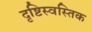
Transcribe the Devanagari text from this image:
दृष्टिस्वस्तिक